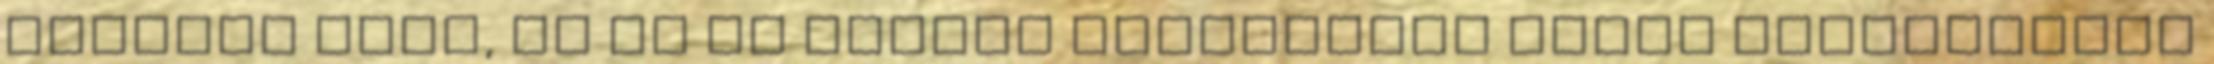
védhető hely, de ha az Udvari Haditanács annak lerombolása